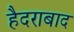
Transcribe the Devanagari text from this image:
हैदराबाद